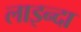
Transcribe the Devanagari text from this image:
लाइन्दा